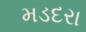
મડદરા